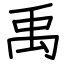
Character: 禹